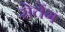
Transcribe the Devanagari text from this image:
सेतेंग